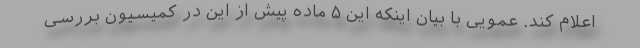
اعلام کند. عمویی با بیان اینکه این ۵ ماده پیش از این در کمیسیون بررسی